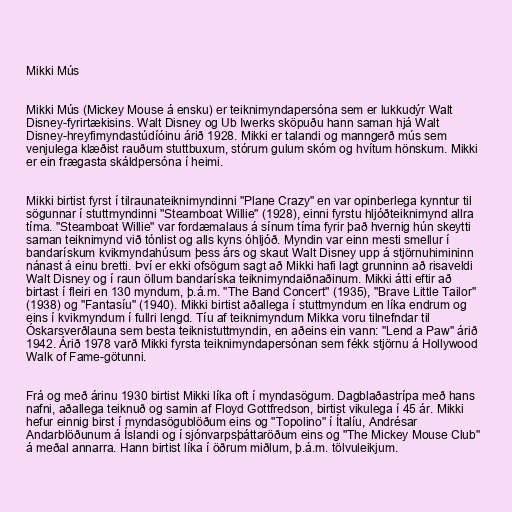
Mikki Mús

Mikki Mús (Mickey Mouse á ensku) er teiknimyndapersóna sem er lukkudýr Walt
Disney-fyrirtækisins. Walt Disney og Ub Iwerks sköpuðu hann saman hjá Walt
Disney-hreyfimyndastúdíóinu árið 1928. Mikki er talandi og manngerð mús sem
venjulega klæðist rauðum stuttbuxum, stórum gulum skóm og hvítum hönskum. Mikki
er ein frægasta skáldpersóna í heimi.

Mikki birtist fyrst í tilraunateiknimyndinni "Plane Crazy" en var opinberlega kynntur til
sögunnar í stuttmyndinni "Steamboat Willie" (1928), einni fyrstu hljóðteiknimynd allra
tíma. "Steamboat Willie" var fordæmalaus á sínum tíma fyrir það hvernig hún skeytti
saman teiknimynd við tónlist og alls kyns óhljóð. Myndin var einn mesti smellur í
bandarískum kvikmyndahúsum þess árs og skaut Walt Disney upp á stjörnuhimininn
nánast á einu bretti. Því er ekki ofsögum sagt að Mikki hafi lagt grunninn að risaveldi
Walt Disney og í raun öllum bandaríska teiknimyndaiðnaðinum. Mikki átti eftir að
birtast í fleiri en 130 myndum, þ.á.m. "The Band Concert" (1935), "Brave Little Tailor"
(1938) og "Fantasíu" (1940). Mikki birtist aðallega í stuttmyndum en líka endrum og
eins í kvikmyndum í fullri lengd. Tíu af teiknimyndum Mikka voru tilnefndar til
Óskarsverðlauna sem besta teiknistuttmyndin, en aðeins ein vann: "Lend a Paw" árið
1942. Árið 1978 varð Mikki fyrsta teiknimyndapersónan sem fékk stjörnu á Hollywood
Walk of Fame-götunni.

Frá og með árinu 1930 birtist Mikki líka oft í myndasögum. Dagblaðastrípa með hans
nafni, aðallega teiknuð og samin af Floyd Gottfredson, birtist vikulega í 45 ár. Mikki
hefur einnig birst í myndasögublöðum eins og "Topolino" í Ítalíu, Andrésar
Andarblöðunum á Íslandi og í sjónvarpsþáttaröðum eins og "The Mickey Mouse Club"
á meðal annarra. Hann birtist líka í öðrum miðlum, þ.á.m. tölvuleikjum.